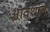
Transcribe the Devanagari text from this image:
ओवेशान